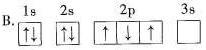
B.1s 2s 2p 3s